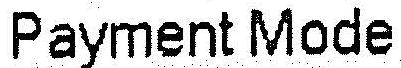
PAYMENT MODE